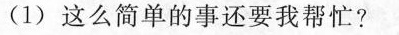
(1)这么简单的事还要我帮忙?